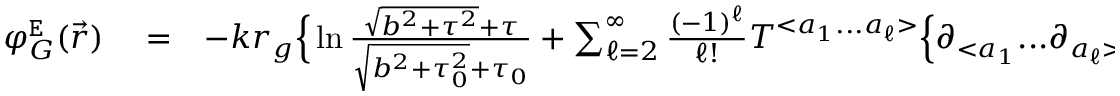
\begin{array} { r l r } { \varphi _ { G } ^ { \tt E } ( \vec { r } ) } & { { } = } & { - k r _ { g } \Big \{ \ln \frac { \sqrt { b ^ { 2 } + \tau ^ { 2 } } + \tau } { \sqrt { b ^ { 2 } + \tau _ { 0 } ^ { 2 } } + \tau _ { 0 } } + \sum _ { \ell = 2 } ^ { \infty } \frac { ( - 1 ) ^ { \ell } } { \ell ! } { \cal T } ^ { < a _ { 1 } . . . a _ { \ell } > } \Big \{ \partial _ { < a _ { 1 } } . . . \partial _ { a _ { \ell } > } \ln \frac { \sqrt { b ^ { 2 } + \tau ^ { 2 } } + \tau } { \sqrt { b ^ { 2 } + \tau _ { 0 } ^ { 2 } } + \tau _ { 0 } } + } \end{array}